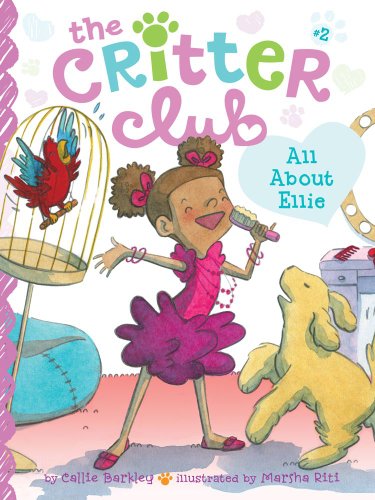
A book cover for All About Ellie (The Critter Club); Callie Barkley; Children's Books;